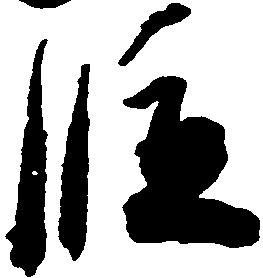
段